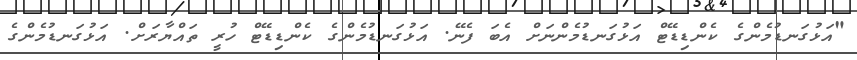
"އަޅުގަނޑުމެންގެ ކެންޑިޑޭޓް އަޅުގަނޑުމެންނަށް އެބަ ފެނޭ. އަޅުގަނޑުމެންގެ ކެންޑިޑޭޓް ހުރީ ތައްޔާރަށް. އަޅުގަނޑުމެންގެ